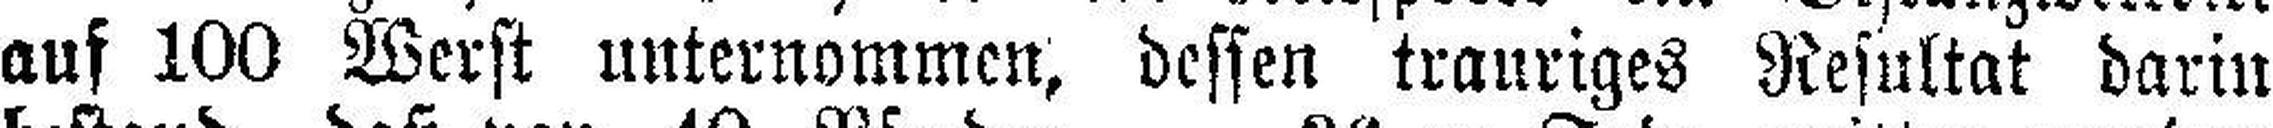
auf 100 Werst unternommen, dessen trauriges Resultat darin